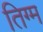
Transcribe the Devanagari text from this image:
तिग्म